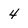
Character: 4